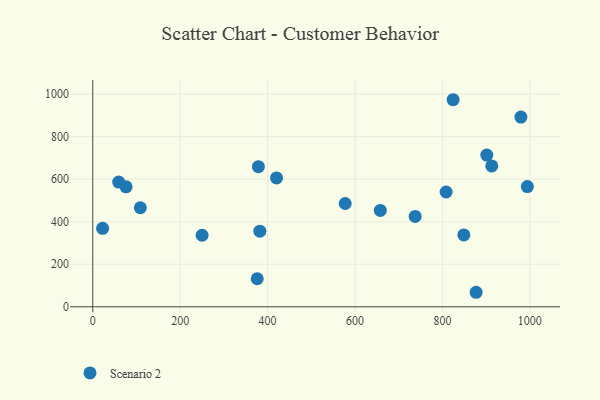
{"axis": {"x": "Distance", "y": "Salary"}, "legend": ["Scenario 2"], "data": [{"x": "979.6", "y": 892.0, "type": "Scenario 2"}, {"x": "994.4", "y": 565.1, "type": "Scenario 2"}, {"x": "808.5", "y": 539.7, "type": "Scenario 2"}, {"x": "59.3", "y": 586.2, "type": "Scenario 2"}, {"x": "420.5", "y": 605.9, "type": "Scenario 2"}, {"x": "379.0", "y": 658.8, "type": "Scenario 2"}, {"x": "382.3", "y": 355.8, "type": "Scenario 2"}, {"x": "849.0", "y": 338.0, "type": "Scenario 2"}, {"x": "577.6", "y": 485.8, "type": "Scenario 2"}, {"x": "376.3", "y": 131.8, "type": "Scenario 2"}, {"x": "901.6", "y": 713.3, "type": "Scenario 2"}, {"x": "737.7", "y": 425.0, "type": "Scenario 2"}, {"x": "250.2", "y": 336.4, "type": "Scenario 2"}, {"x": "657.9", "y": 453.3, "type": "Scenario 2"}, {"x": "912.9", "y": 662.3, "type": "Scenario 2"}, {"x": "22.6", "y": 368.8, "type": "Scenario 2"}, {"x": "824.5", "y": 973.6, "type": "Scenario 2"}, {"x": "76.2", "y": 563.9, "type": "Scenario 2"}, {"x": "108.9", "y": 465.7, "type": "Scenario 2"}, {"x": "877.1", "y": 68.3, "type": "Scenario 2"}]}